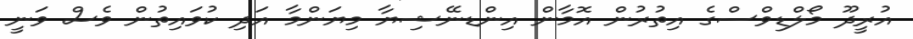
އުރީދޫ މޯލްޑިވްސްގެ އިތުރުން އޮމާން އިންޑނޭޝިޔާ މިޔަންމާ އަދި ކުވައިތުން ވެސް ވަނީ